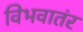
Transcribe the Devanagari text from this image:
विभवातंर